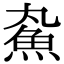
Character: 𬵄